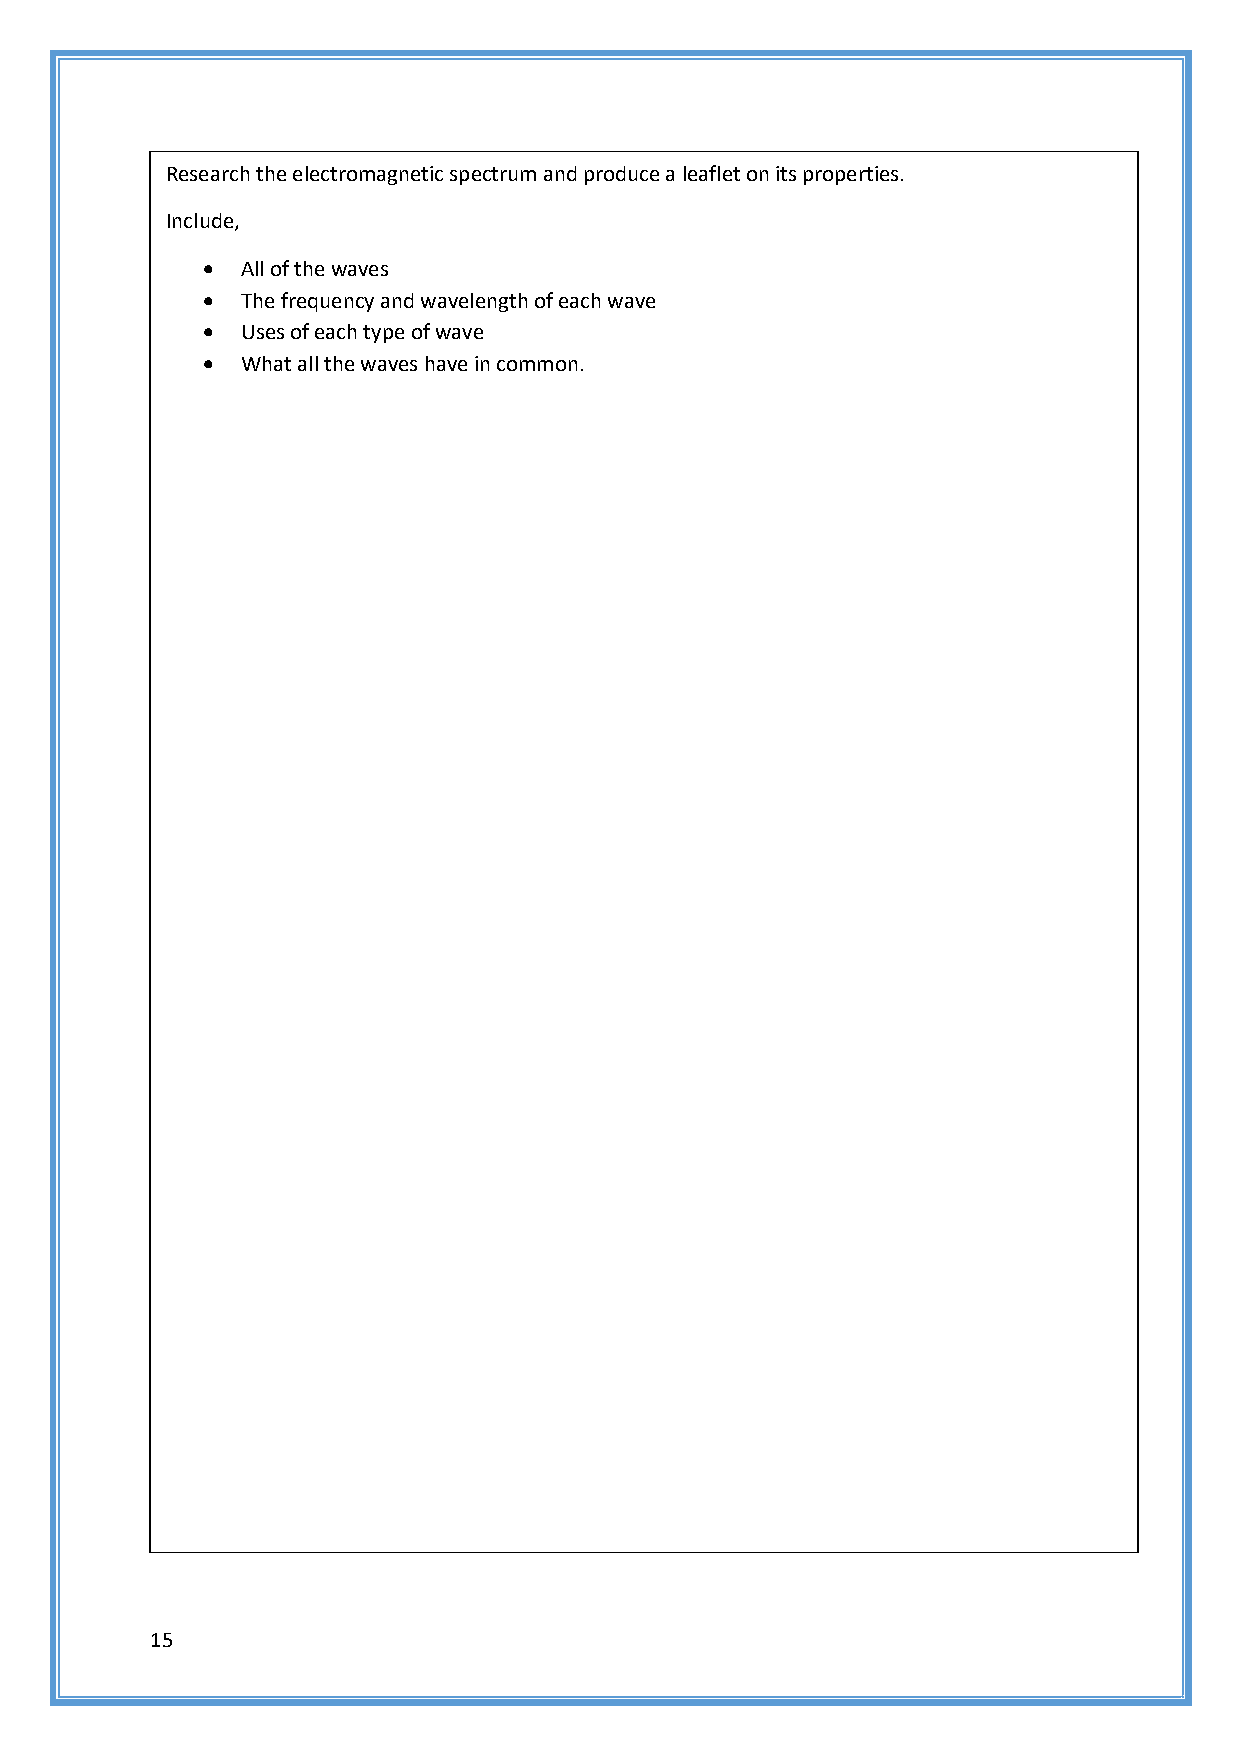
Research the electromagnetic spectrum and produce a leaflet on its properties.
 Include,
   All of the waves
   The frequency and wavelength of each wave
   Uses of each type of wave
   What all the waves have in common.
 15